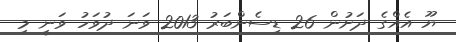
ޔޫ އެއްގެ ދަށުން 26 ޑިސެންބަރު 2013 ވަނަ ދުވަހު ވަނީ މި